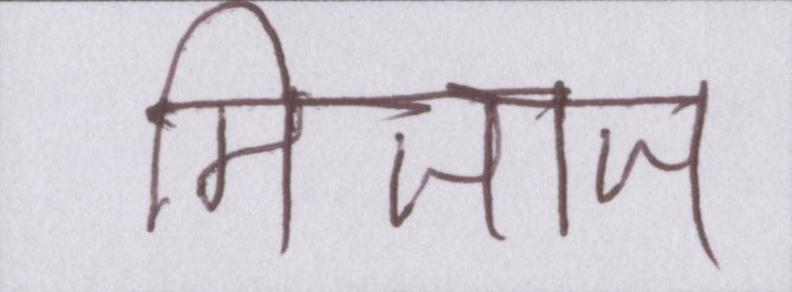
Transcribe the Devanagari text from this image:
मिजाज